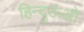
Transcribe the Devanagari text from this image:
हिन्दुऊओ